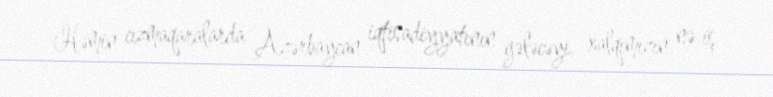
Həmin cızmaqaralarda Azərbaycan iqtisadiyyatının gələcəyi, xalqımızın nə iş